Medical and sanitary report of the native army of Bengal for the year
Year: 1876
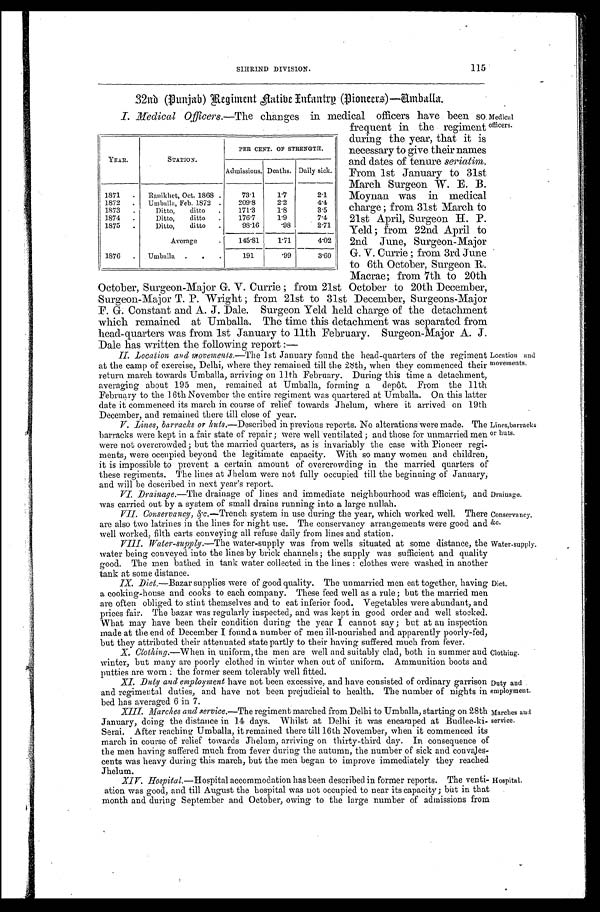
SIHRIND DIVISION.
115
32nd (Punjab) Regiment Native Infantry (Pioneers)—Umballa.
I. Medical Officers.—The changes in medical officers have been so
frequent in the regiment
during the year, that it is
necessary to give their names
and dates of tenure seriatim.
From 1st January to 31st
March Surgeon W. E. B.
Moynan was in medical
charge; from 31st March to
2 21st April, Surgeon H. P.
Yeld; from 22nd April to
2nd June, Surgeon-Major
G. V. Currie; from 3rd June
to 6th October, Surgeon R.
Macrae; from 7th to 20th
October, Surgeon-Major G. V. Currie; from 21st October to 20th December,
Surgeon-Major T. P. Wright; from 21st to 31st December, Surgeons-Major
F. G. Constant and A. J. Dale. Surgeon Yeld held charge of the detachment
which remained at Umballa. The time this detachment was separated from
head-quarters was from 1st January to 11th February. Surgeon-Major A. J.
Dale has written the following report:—
M e d i c a l officers
II. Location and movements.—The 1st January found the head-quarters of the regiment
at the camp of exercise, Delhi, where they remained till the 28th, when they commenced their
return march towards Umballa, arriving on 11th February. During this time a detachment,
averaging about 195 men, remained at Umballa, forming a depôt. From the 11th
February to the 16th November the entire regiment was quartered at Umballa. On this latter
date it commenced its march in course of relief towards Jhelum, where it arrived on 19th
December, and remained there till close of year.
Location and movements.
V. Lines, barracks or huts.—Described in previous reports. No alterations were made. The
barracks were kept in a fair state of repair; were well ventilated; and those for unmarried men
were not overcrowded; but the married quarters, as is invariably the case with Pioneer regi
-
ments, were occupied beyond the legitimate capacity. With so many women and children,
it is impossible to prevent a certain amount of overcrowding in the married quarters of
these regiments. The lines at Jhelum were not fully occupied till the beginning of January,
and will be described in next year's report.
Lines, barracks or huts.
VI. Drainage.—The drainage of lines and immediate neighbourhood was efficient, and
was carried out by a system of small drains running into a large nullah.
Drainage.
VII. Conservancy, &c. —Trench system in use during the year, which worked well. There
are also two latrines in the lines for night use. The conservancy arrangements were good and
well worked, filth carts conveying all refuse daily from lines and station.
Conservancy,
&c.
VIII. Water-supply .—The water-supply was from wells situated at some distance, the
water being conveyed into the lines by brick channels; the supply was sufficient and quality
good. The men bathed in tank water collected in the lines: clothes were washed in another
tank at some distance.
Water-supply.
IX. Diet.—Bazar supplies were of good quality. The unmarried men eat together, having
a cooking-house and cooks to each company. These feed well as a rule; but the married men
are often obliged to stint themselves and to eat inferior food. Vegetables were abundant, and
prices fair. The bazar was regularly inspected, and was kept in good order and well stocked.
What may have been their condition during the year I cannot say; but at an inspection
made at the end of December I found a number of men ill-nourished and apparently poorly-fed,
but they attributed their attenuated state partly to their having suffered much from fever.
Diet.
X. Clothing .—When in uniform, the men are well and suitably clad, both in summer and
winter, but many are poorly clothed in winter when out of uniform. Ammunition boots and
putties are worn: the former seem tolerably well fitted.
Clothing.
XI. Duty and employment have not been excessive, and have consisted of ordinary garrison
and regimental duties, and have not been prejudicial to health. The number of nights
in
bed has averaged 6 in 7.
Duty and employment
.
XIII. Marches and service.—The regiment marched from Delhi to Umballa, starting on 28th
January, doing the distance in 14 days. Whilst at Delhi it was encamped at Budlee-ki-
Serai. After reaching Umballa, it remained there till 16th November, when it commenced its
march in course of relief towards Jhelum, arriving on thirty-third day. In consequence of
the men having suffered much from fever during the autumn, the number of sick and convajes-
cents was heavy during this march, but the men began to improve immediately they reached
Jhelum.
Marches and service.
XIV. Hospital.—Hospital accommodation has been described in former reports. The venti-
ation was good, and till August the hospital was not occupied to near its capacity; but in that
month and during September and October, owing to the large number of admissions from
Hospital.
YEAR.
STATION.
PER CENT. OF STRENGTH.
Admissions. Deaths. Daily sick.
1871
Ranikhet, Oct. 1868
73.1
1.7
2.1
1872
Umballa, Feb. 1872
209.8
2.2
4.4
1873
Ditto, ditto
171.3
1.8
3.5
1874
Ditto, ditto
176.7
1.9
7.4
1875
Ditto, ditto
98.16
.98
2.71
Average
145.81
1.71
4.02
1876
Umballa
191
.99
3.60